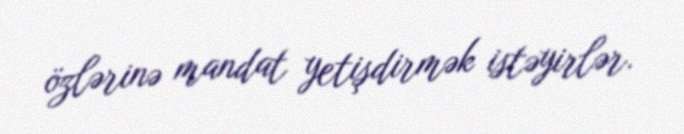
özlərinə mandat yetişdirmək istəyirlər.